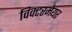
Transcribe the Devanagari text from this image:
विक्टरमेयर